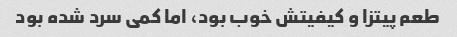
طعم پیتزا و کیفیتش خوب بود، اما کمی سرد شده بود